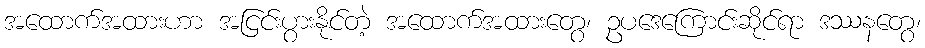
အထောက်အထားဟာ အငြင်းပွားနိုင်တဲ့ အထောက်အထားတွေ၊ ဥပဒေကြောင်းဆိုင်ရာ ဒဿနတွေ၊